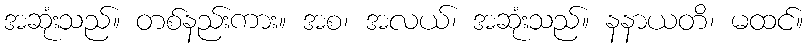
အဆုံးသည်။ တစ်နည်းကား။ အစ၊ အလယ်၊ အဆုံးသည်။ နနာယတိ၊ မထင်။